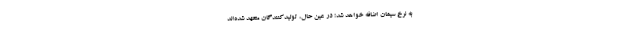
به نرخ سیمان اضافه خواهد شد؛ در عین حال، تولیدکنندگان متعهد شده‌اند